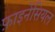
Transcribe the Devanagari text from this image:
फ़ाइनेंसियल